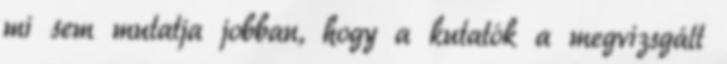
mi sem mutatja jobban, hogy a kutatók a megvizsgált